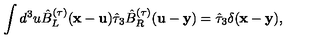
\int d ^ { 3 } u \hat { B } _ { L } ^ { ( \tau ) } ( { \bf x } - { \bf u } ) \hat { \tau } _ { 3 } \hat { B } _ { R } ^ { ( \tau ) } ( { \bf u } - { \bf y } ) = \hat { \tau } _ { 3 } \delta ( { \bf x } - { \bf y } ) ,